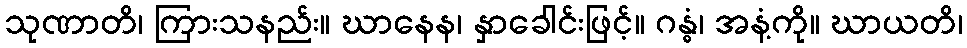
သုဏာတိ၊ ကြားသနည်း။ ဃာနေန၊ နှာခေါင်းဖြင့်။ ဂန္ဓံ၊ အနံ့ကို။ ဃာယတိ၊